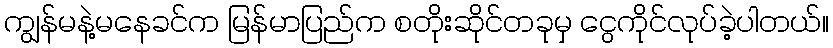
ကျွန်မနဲ့မနေခင်က မြန်မာပြည်က စတိုးဆိုင်တခုမှ ငွေကိုင်လုပ်ခဲ့ပါတယ်။